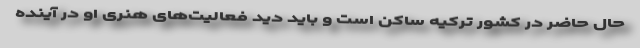
حال حاضر در کشور ترکیه ساکن است و باید دید فعالیت‌های هنری او در آینده